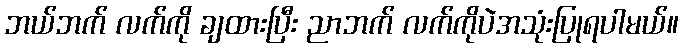
ဘယ်ဘက် လက်ကို ချထားပြီး ညာဘက် လက်ကိုပဲအသုံးပြုရပါမယ်။